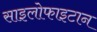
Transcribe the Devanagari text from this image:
साइलोफाइटान